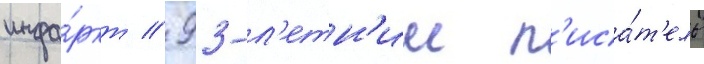
инфа́ркт // 93-л'етн'ии п'иса́т'ель